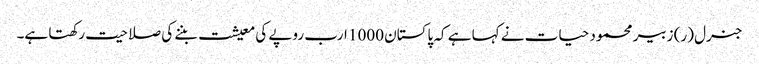
جنرل (ر) زبیر محمود حیات نے کہا ہے کہ پاکستان 1000 ارب روپے کی معیشت بننے کی صلاحیت رکھتا ہے۔